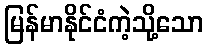
မြန်မာနိုင်ငံကဲ့သို့သော